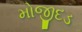
મોજીદડ